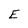
Character: E